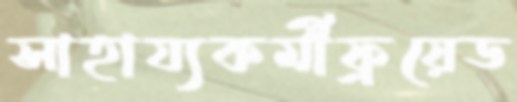
সাহায্যকর্মীফ্রয়েড